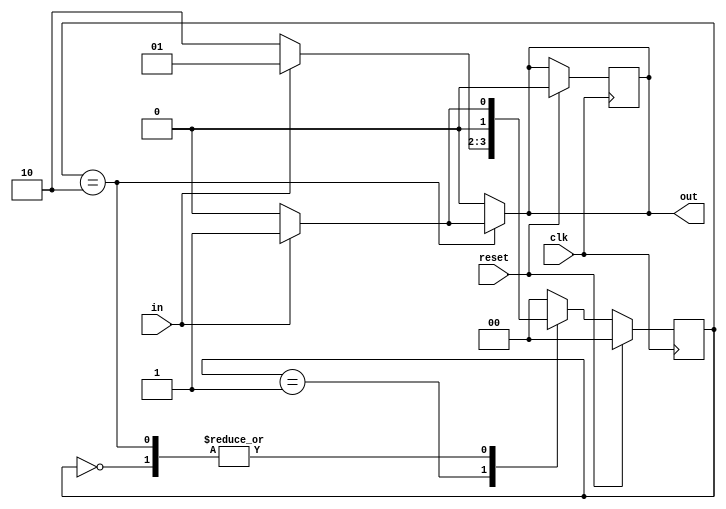
// Code your design here
module sequence_101(input in, input clk, input reset, output reg out );
 //mealy state machine
  reg [1:0]state, nextstate ;
  parameter s0= 0 ,s1=1, s2= 2 ;
  always@ (posedge clk )
    begin
    if(reset)
      begin 
        out<=0;
        state<=s0 ;end
  else begin
    state<=nextstate ; end
    end
  always @ (state or in) begin
    case(state)
  s0: if(in==1) begin 
    nextstate<= s1; out <=0;
         end
      else  
         begin 
         nextstate<= s0;out<=0;
         end
       s1: if(in==1) begin 
    nextstate<= s1; out <=0;
         end
      else  
         begin 
         nextstate<= s2;out<=0;
         end
       s2: if(in==1) begin 
    nextstate<= s1; out <=1;
         end
      else  
         begin 
         nextstate<= s0;out<=0;
         end
      default: begin nextstate<= s0;out<=0; end
    endcase
  
    end
endmodule